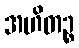
အဟိတဉ္စ